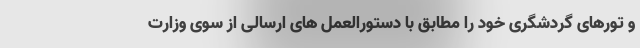
و تور‌های گردشگری خود را مطابق با دستورالعمل های ارسالی از سوی وزارت